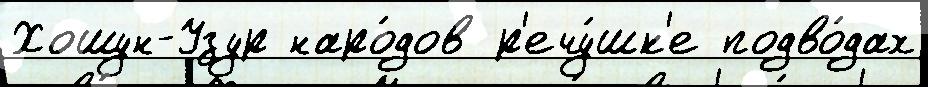
Хошун-Узур наро́дов р'ечу́шк'е подво́дах